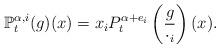
LaTeX: \begin{align*}\mathbb{P}_t^{\alpha,i}(g)(x)=x_iP_t^{\alpha+e_i}\left(\frac{g}{\cdot_i}\right)(x).\end{align*}